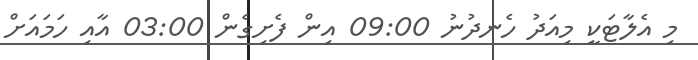
މި އެލާޓަކީ މިއަދު ހެނދުނު 09:00 އިން ފެށިގެން 03:00 އާއި ހަމައަށް